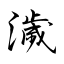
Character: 濊